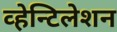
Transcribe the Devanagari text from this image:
व्हेन्टिलेशन